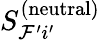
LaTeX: S_{\mathcal{F}^{\prime}i^{\prime}}^{(\mathrm{neutral})}